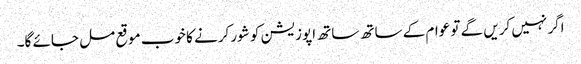
اگر نہیں کریں گے تو عوام کے ساتھ ساتھ اپوزیشن کو شور کرنے کا خوب موقع مل جائے گا۔